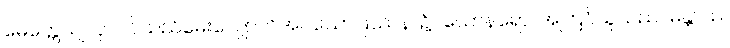
မေတ္တေယျလုလင်သည်မေးလျှောက်အပ်သောပြဿနာ၌။ ယောနရော၊ အကြင်သူသည်။ မန္တာယ၊